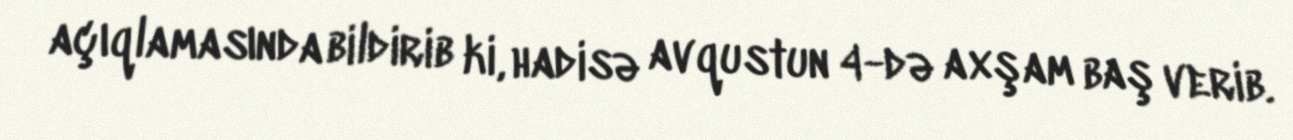
açıqlamasında bildirib ki, hadisə avqustun 4-də axşam baş verib.